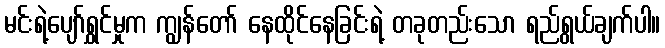
မင်းရဲ့ပျော်ရွှင်မှုက ကျွန်တော် နေထိုင်နေခြင်းရဲ့ တခုတည်းသော ရည်ရွယ်ချက်ပါ။